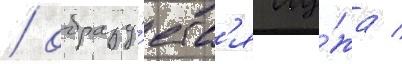
/ образу́етс'я лу́жа /